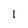
Character: l